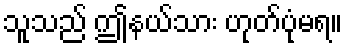
သူသည် ဤနယ်သား ဟုတ်ပုံမရ။